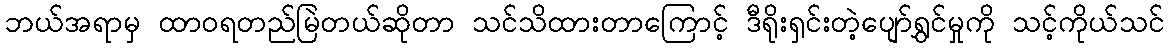
ဘယ်အရာမှ ထာဝရတည်မြဲတယ်ဆိုတာ သင်သိထားတာကြောင့် ဒီရိုးရှင်းတဲ့ပျော်ရွှင်မှုကို သင့်ကိုယ်သင်